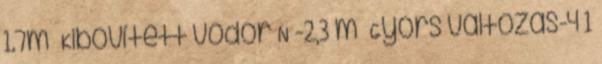
1.7m³ Kibővített vödör N -2,3 m³ Gyors változás-4 1